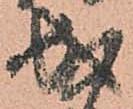
成